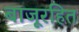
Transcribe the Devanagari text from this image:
बाजूरहित